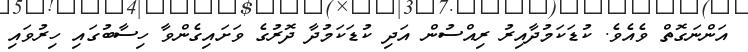
އަންނަގޮތް ވެއެވެ. ކުޑަކަމުދާއިރު ރިއްސުން އަދި ކުޑަކަމުދާ ދޮރުގެ ވަށައިގެންވާ ހިސާބުގައި ހިރުވައި